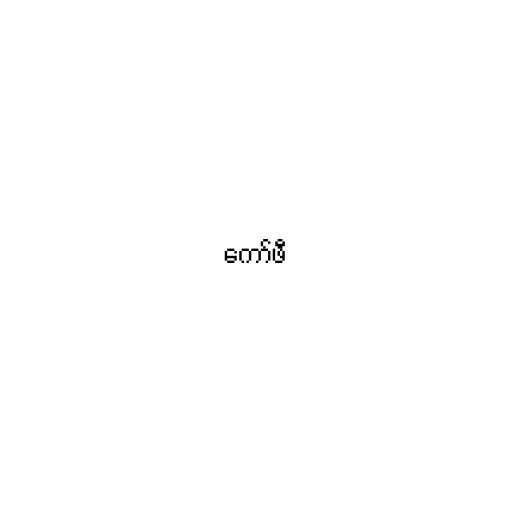
ကော်ဖီ